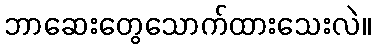
ဘာဆေးတွေသောက်ထားသေးလဲ။